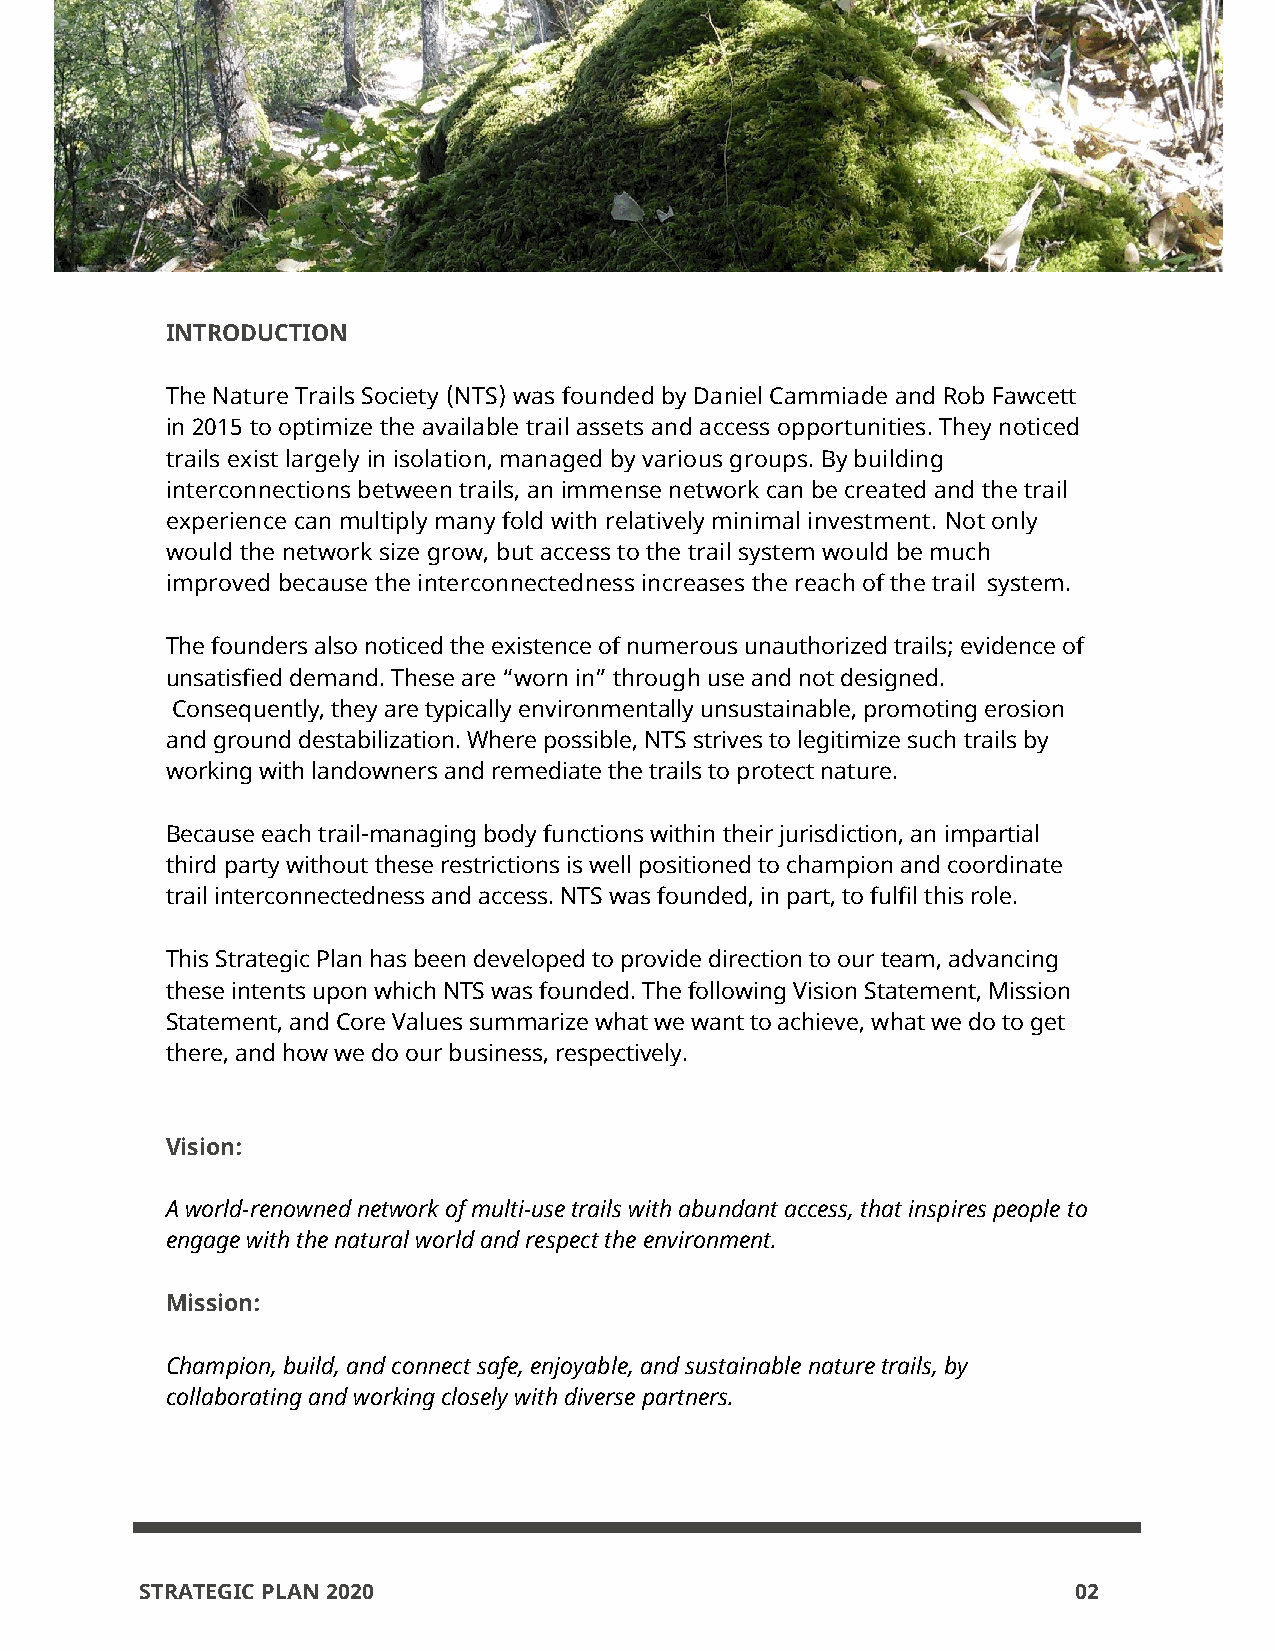
INTRODUCTION
 The Nature Trails Society (NTS) was founded by Daniel Cammiade and Rob Fawcett
 in 2015 to optimize the available trail assets and access opportunities. They noticed
 trails exist largely in isolation, managed by various groups. By building
 interconnections between trails, an immense network can be created and the trail
 experience can multiply many fold with relatively minimal investment. Not only
 would the network size grow, but access to the trail system would be much
 improved because the interconnectedness increases the reach of the trail system.
 The founders also noticed the existence of numerous unauthorized trails; evidence of
 unsatisfied demand. These are “worn in” through use and not designed.
 Consequently, they are typically environmentally unsustainable, promoting erosion
 and ground destabilization. Where possible, NTS strives to legitimize such trails by
 working with landowners and remediate the trails to protect nature.
 Because each trail-managing body functions within their jurisdiction, an impartial
 third party without these restrictions is well positioned to champion and coordinate
 trail interconnectedness and access. NTS was founded, in part, to fulfil this role.
 This Strategic Plan has been developed to provide direction to our team, advancing
 these intents upon which NTS was founded. The following Vision Statement, Mission
 Statement, and Core Values summarize what we want to achieve, what we do to get
 there, and how we do our business, respectively.
 Vision:
 A world-renowned network of multi-use trails with abundant access, that inspires people to
 engage with the natural world and respect the environment.
 Mission:
 Champion, build, and connect safe, enjoyable, and sustainable nature trails, by
 collaborating and working closely with diverse partners.
 STRATEGIC PLAN 2020                                           02